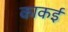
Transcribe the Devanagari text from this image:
काकई